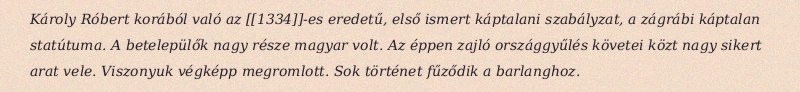
Károly Róbert korából való az [[1334]]-es eredetű, első ismert káptalani szabályzat, a zágrábi káptalan statútuma. A betelepülők nagy része magyar volt. Az éppen zajló országgyűlés követei közt nagy sikert arat vele. Viszonyuk végképp megromlott. Sok történet fűződik a barlanghoz.